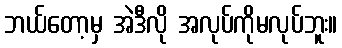
ဘယ်တော့မှ အဲဒီလို အလုပ်ကိုမလုပ်ဘူး။